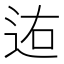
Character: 𨒐